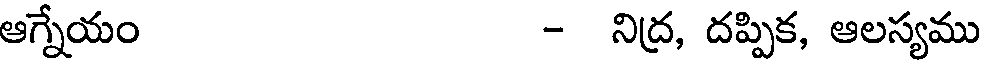
ఆగ్నేయం - నిద్ర, దప్పిక, ఆలస్యము